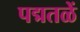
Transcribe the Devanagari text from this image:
पद्मतळें